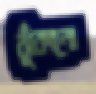
ঝুঁকানো